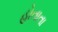
હોતાતા